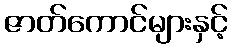
ဇာတ်ကောင်များနှင့်